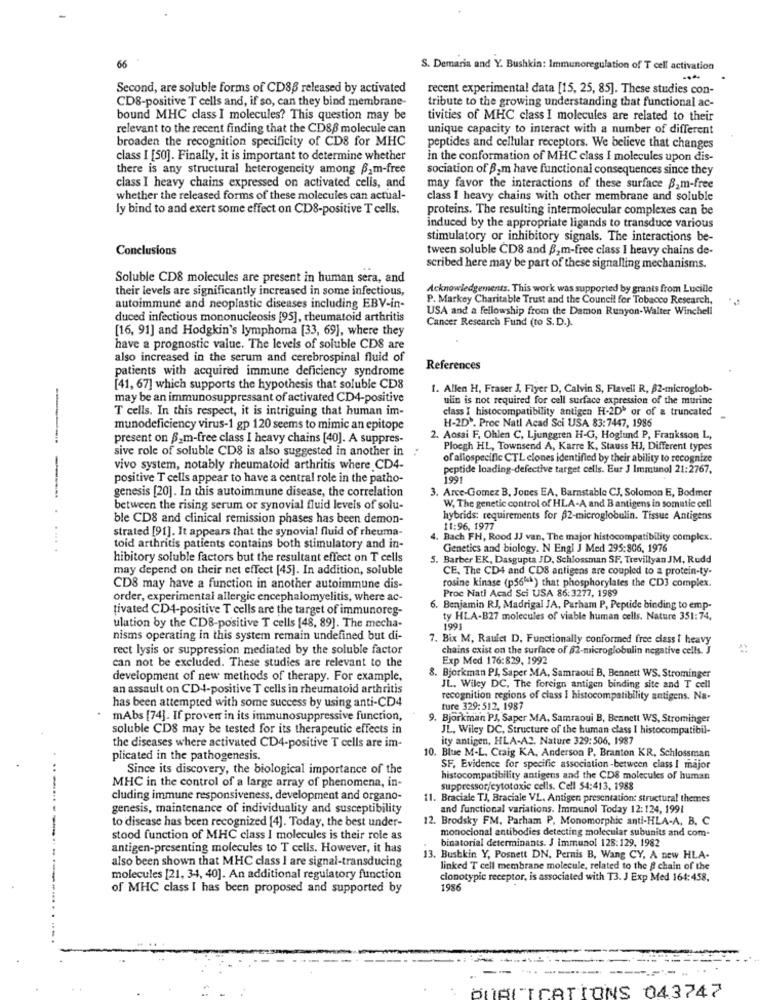
66
S. Demaria and Y. Bushkin: Immunoregulation of T cell activation
Second, are soluble forms of CD8B released by activated
recent experimental data [15, 25, 85]. These studies con-
CD8-positive T cells and, if so, can they bind membrane-
tribute to the growing understanding that functional ac-
bound MHC class I molecules? This question may be
tivities of MHC class I molecules are related to their
relevant to the recent finding that the CD86 molecule can
unique capacity to interact with a number of different
broaden the recognition specificity of CD8 for MHC
peptides and cellular receptors. We believe that changes
class I [50]. Finally, it is important to determine whether
in the conformation of MHC class I molecules upon dis-
there is any structural heterogencity among B_m-free
sociation of Bom have functional consequences since they
class I heavy chains expressed on activated cells, and
may favor the interactions of these surface B.m-free
whether the released forms of these molecules can actual-
class I heavy chains with other membrane and soluble
ly bind to and exert some effect on CD8-positive T cells.
proteins. The resulting intermolecular complexes can be
induced by the appropriate ligands to transduce various
stimulatory or inhibitory signals. The interactions be-
Conclusions
tween soluble CD8 and B2 m-free class I heavy chains de-
scribed here may be part of these signalling mechanisms.
Soluble CD8 molecules are present in human sera, and
their levels are significantly increased in some infectious,
Acknowledgements. This work was supported by grants from Lucille
P. Markey Charitable Trust and the Council for Tobacco Research,
autoimmune and neoplastic diseases including EBV-in-
USA and a fellowship from the Damon Runyon-Walter Winchell
duced infectious mononucleosis [95], rheumatoid arthritis
Cancer Research Fund (to S.D.).
[16, 91] and Hodgkin's lymphoma [33, 69], where they
have a prognostic value. The levels of soluble CDS are
also increased in the serum and cerebrospinal fluid of
patients with acquired immune deficiency syndrome
References
[41, 67] which supports the hypothesis that soluble CD8
1. Allen H, Fraser J, Flyer D, Calvin S, Flavell R, $2-microglob-
may be an immunosuppressant of activated CD4-positive
ulin is not required for cell surface expression of the murine
T cells. In this respect, it is intriguing that human im-
class I histocompatibility antigen H-2D' or of a truncated
H-2D`. Proc Natl Acad Sci USA 83:7447, 1986
munodeficiency virus-1 gp 120 seems to mimic an epitope
present on B_m-free class I heavy chains [40]. A suppres-
2. Aosai F. Ohlen C, Ljunggren H-G, Hoglund P, Franksson L,
sive role of soluble CD8 is also suggested in another in
Ploegh HL, Townsend A, Karre K, Stauss HJ, Different types
of allospecific CTL clones identified by their ability to recognize
vivo system, notably rheumatoid arthritis where CD4-
peptide loading-defective target cells. Eur J Immunol 21:2767,
positive T cells appear to have a central role in the patho-
1991
3. Arce-Gomez B. Jones EA, Barnstable CJ, Solomon E, Bodmer
-
genesis [20]. In this autoimmune disease, the correlation
between the rising serum or synovial fluid levels of solu-
W, The genetic control of HLA-A and Bantigens in somatic cell
ble CD8 and clinical remission phases has been demon-
hybrids: requirements for $2-microglobulin. Tissue Antigens
strated [91]. It appears that the synovial fluid of rheuma-
11:96, 1977
4. Bach FH, Rood JJ van, The major histocompatibility complex.
toid arthritis patients contains both stimulatory and in-
Genetics and biology. N Engl J Med 295:806, 1976
hibitory soluble factors but the resultant effect on T cells
5. Barber EK, Dasgupta JD, Schlossman SF, Trevillyan JM, Rudd
may depend on their net effect [45]. In addition, soluble
CE, The CD4 and CD8 antigens are coupled to a protein-ty.
rosine kinase (p56"a) that phosphorylates the CD3 complex.
CD8 may have a function in another autoimmune dis-
Proc Natl Acad Sci USA 86:3277, 1989
order, experimental allergic encephalomyelitis, where ac-
tivated CD4-positive T cells are the target of immunoreg-
6. Benjamin RJ, Madrigal JA, Parham P, Peptide binding to emp-
ty HLA-B27 molecules of viable human cells. Nature 351:74.
ulation by the CD8-positive T cells [48, 89]. The mecha-
1991
nisms operating in this system remain undefined but di-
7. Bix M, Raulet D, Functionally conformed free dass i heavy
rect lysis or suppression mediated by the soluble factor
chains cxist on the surface of 02-microglobulin negative cells. J
Exp Med 176:829, 1992
can not be excluded. These studies are relevant to the
development of new methods of therapy. For example,
8. Bjorkman PJ, Saper MA, Samraoui B. Bennett WS. Strominger
an assault on CD4-positive T cells in rheumatoid arthritis
JL. Wiley DC, The foreign antigen binding site and T cell
recognition regions of class I histocompatibility antigens. Na-
has been attempted with some success by using anti-CD4
ture 329: 512, 1987
mAbs [74]. If proven in its immunosuppressive function,
. Bjorkman PJ, Saper MA. Samraoui B, Bennett WS, Strominger
soluble CD8 may be tested for its therapeutic effects in
JL, Wiley DC, Structure of the human class I histocompatibil-
ity antigen, HLA-A2. Nature 329:506, 1987
the diseases where activated CD4-positive T cells are im-
10. Blue M-L, Craig KA, Anderson P, Branton KR. Schlossman
plicated in the pathogenesis.
Since its discovery, the biological importance of the
SF, Evidence for specific association-between class I major
histocompatibility antigens and the CDS molecules of human
MHC in the control of a large array of phenomena, in-
suppressor/cytotoxic cells. Cell 54:413, 1988
cluding immune responsiveness, development and organo-
11. Braciale TJ, Braciale VL. Antigen presentationt Structural themes
genesis, maintenance of individuality and susceptibility
and functional variations. Immunol Today 12:124, 1991
to disease has been recognized [4]. Today, the best under-
12. Brodsky FM, Parham P, Monomorphic anti-HLA-A, B, C
monoclonal antibodies detecting molecular subunits and com-
stood function of MHC class I molecules is their role as
binatorial determinants. J immunol 128:129, 1982
antigen-presenting molecules to T cells. However, it has
also been shown that MHC class I are signal-transducing
13. Bushkin Y, Posnett DN, Pernis B, Wang CY, A new HLA-
linked T cell membrane molecule, related to the # chain of the
molecules [21, 3-4, 40]. An additional regulatory function
cionotypic receptor, is associated with T3. J Exp Med 164:458,
of MHC class I has been proposed and supported by
1986
PUBLICATIONS 043747